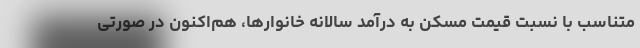
متناسب با نسبت قیمت مسکن به درآمد سالانه خانوارها، هم‌اکنون در صورتی